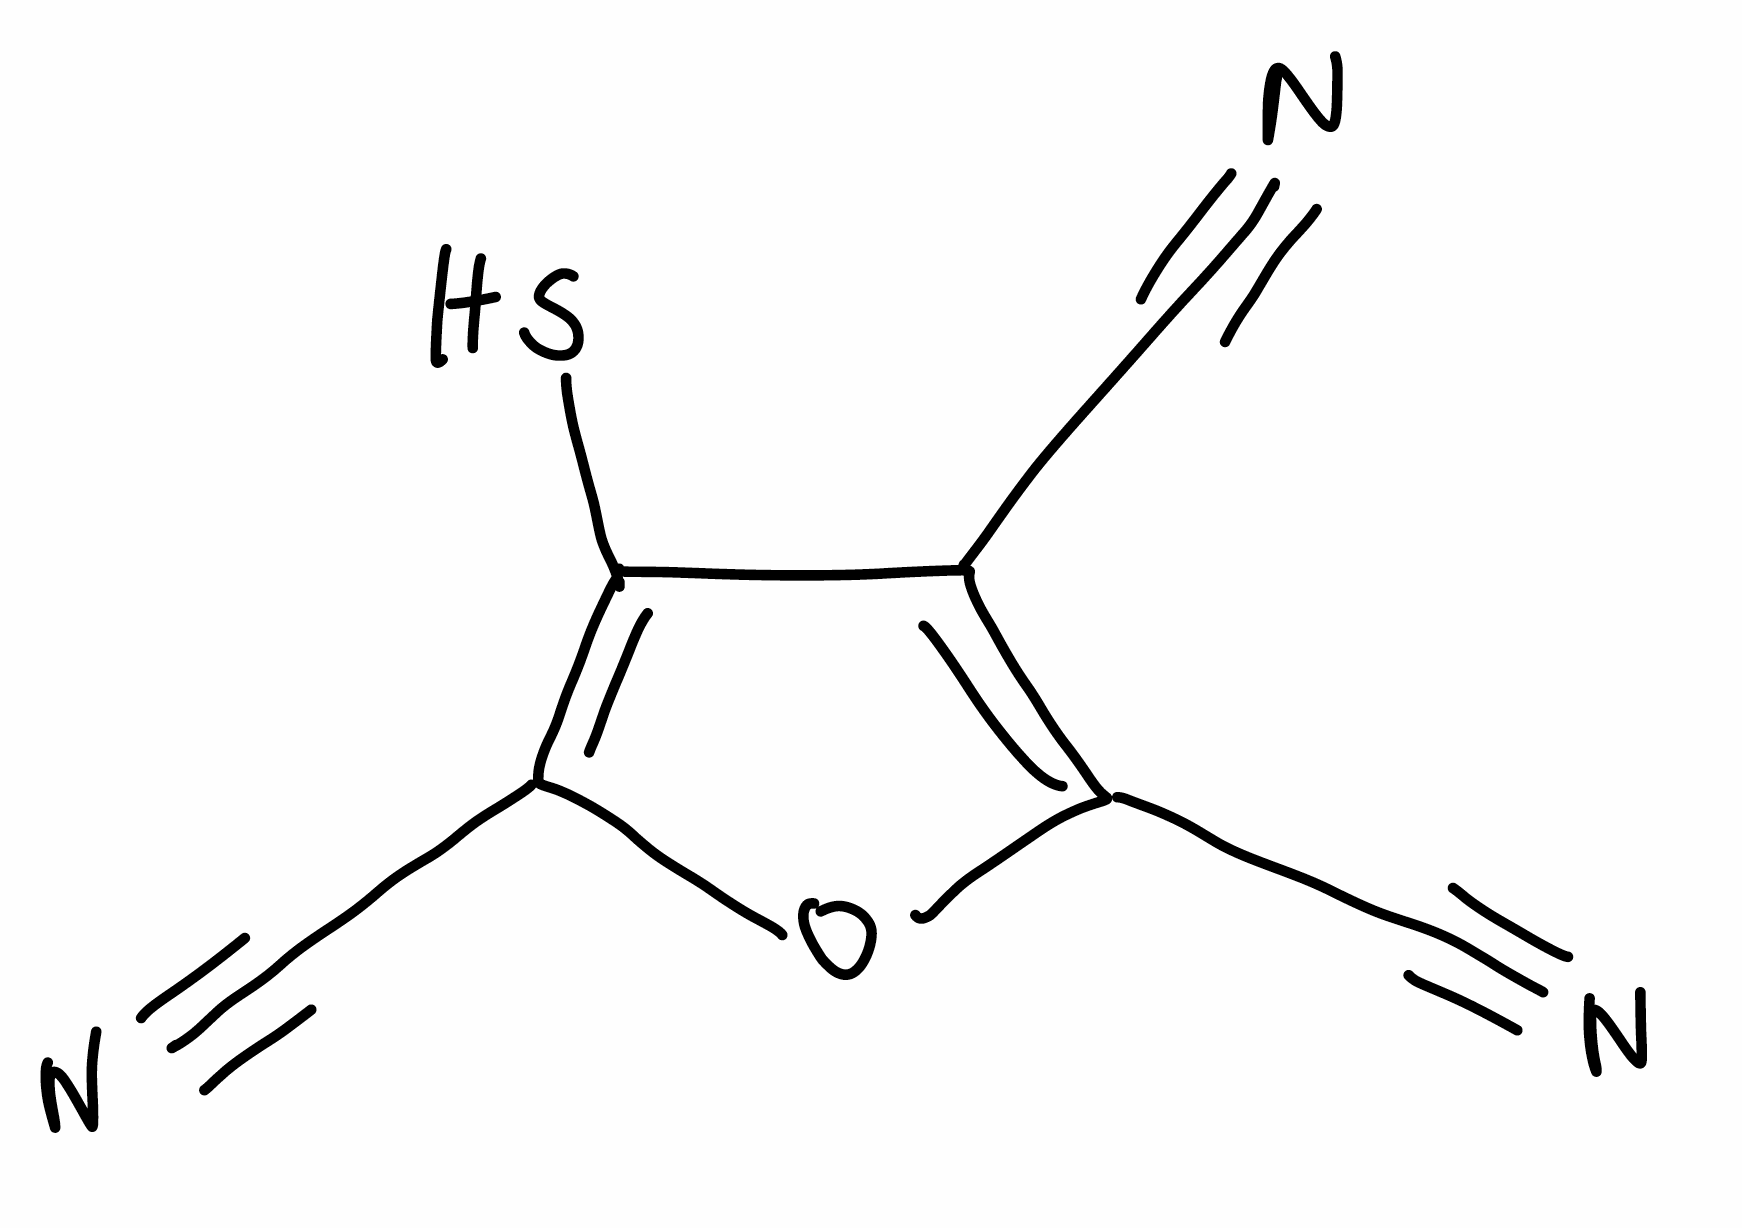
Simplified molecular-input line-entry system (SMILES) notation of the given molecule:
C(#N)C1=C(OC(=C1S)C#N)C#N